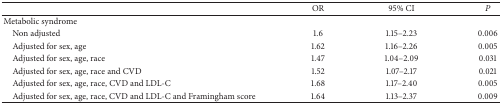
|  | OR | 95% CI | P |
 | --- | --- | --- | --- |
 | Metabolic syndrome |  |  |  |
 | Non adjusted | 1.6 | 1.15–2.23 | 0.006 |
 | Adjusted for sex, age | 1.62 | 1.16–2.26 | 0.005 |
 | Adjusted for sex, age, race | 1.47 | 1.04–2.09 | 0.031 |
 | Adjusted for sex, age, race and CVD | 1.52 | 1.07–2.17 | 0.021 |
 | Adjusted for sex, age, race, CVD and LDL-C | 1.68 | 1.17–2.40 | 0.005 |
 | Adjusted for sex, age, race, CVD and LDL-C and Framingham score | 1.64 | 1.13–2.37 | 0.009 |